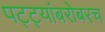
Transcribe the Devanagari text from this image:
पट्ट्यांबरोबरच